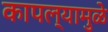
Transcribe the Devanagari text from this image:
कापल्यामुळे